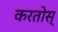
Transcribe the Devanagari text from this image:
करतोस्